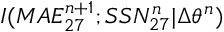
I ( M A E _ { 2 7 } ^ { n + 1 } ; S S N _ { 2 7 } ^ { n } | \Delta \theta ^ { n } )